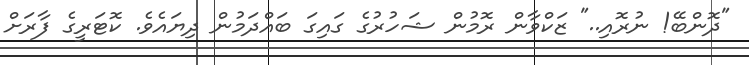
"ދޮންބޭ! ނުރޮއި.." ޒަކްވާން ރޮމުން ޝަހުރުގެ ގައިގަ ބައްދަމުން ދިޔައެވެ. ކޮޓަރީގެ ފާރަށް